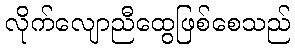
လိုက်လျောညီထွေဖြစ်စေသည်